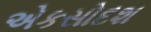
એકસોદશ